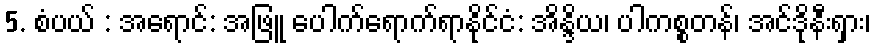
5. စံပယ် : အရောင်: အဖြူ ပေါက်ရောက်ရာနိုင်ငံ: အိန္ဒိယ၊ ပါကစ္စတန်၊ အင်ဒိုနီးရှား၊